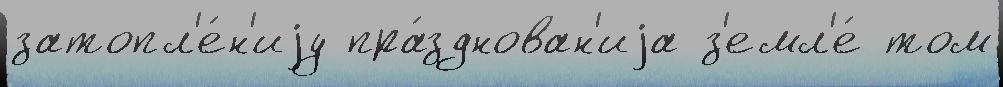
затопл'е́н'иjу пра́зднован'иjа з'емл'е́ том